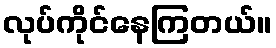
လုပ်ကိုင်နေကြတယ်။